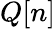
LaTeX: Q[n]